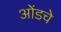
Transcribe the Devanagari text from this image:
ओंडचे